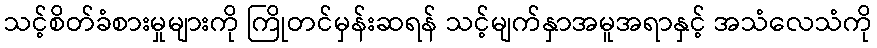
သင့်စိတ်ခံစားမှုများကို ကြိုတင်မှန်းဆရန် သင့်မျက်နှာအမူအရာနှင့် အသံလေသံကို